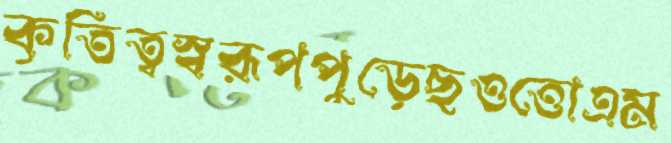
কৃতিত্বস্বরূপপুড়েছওত্তোএম